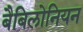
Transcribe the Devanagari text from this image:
बैबिलोनियन